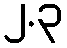
၂.၃